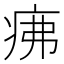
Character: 疿